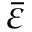
\bar { \varepsilon }